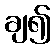
ချ၍